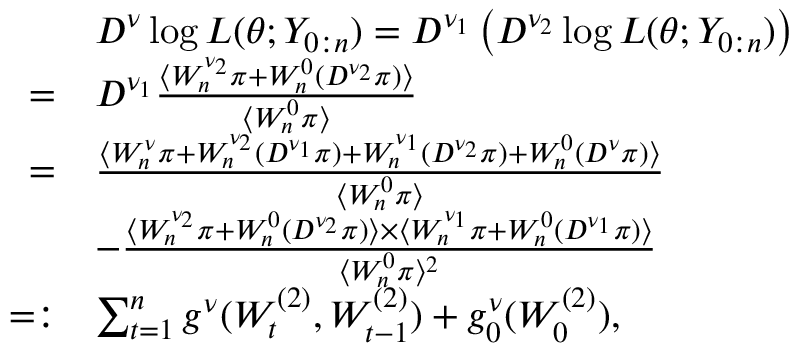
\begin{array} { r l } & { D ^ { \nu } \log L ( \theta ; Y _ { 0 : n } ) = D ^ { \nu _ { 1 } } \left( D ^ { \nu _ { 2 } } \log L ( \theta ; Y _ { 0 : n } ) \right) } \\ { = } & { D ^ { \nu _ { 1 } } \frac { \langle W _ { n } ^ { \nu _ { 2 } } \pi + W _ { n } ^ { 0 } ( D ^ { \nu _ { 2 } } \pi ) \rangle } { \langle W _ { n } ^ { 0 } \pi \rangle } } \\ { = } & { \frac { \langle W _ { n } ^ { \nu } \pi + W _ { n } ^ { \nu _ { 2 } } ( D ^ { \nu _ { 1 } } \pi ) + W _ { n } ^ { \nu _ { 1 } } ( D ^ { \nu _ { 2 } } \pi ) + W _ { n } ^ { 0 } ( D ^ { \nu } \pi ) \rangle } { \langle W _ { n } ^ { 0 } \pi \rangle } } \\ & { - \frac { \langle W _ { n } ^ { \nu _ { 2 } } \pi + W _ { n } ^ { 0 } ( D ^ { \nu _ { 2 } } \pi ) \rangle \times \langle W _ { n } ^ { \nu _ { 1 } } \pi + W _ { n } ^ { 0 } ( D ^ { \nu _ { 1 } } \pi ) \rangle } { \langle W _ { n } ^ { 0 } \pi \rangle ^ { 2 } } } \\ { = : } & { \sum _ { t = 1 } ^ { n } g ^ { \nu } ( W _ { t } ^ { ( 2 ) } , W _ { t - 1 } ^ { ( 2 ) } ) + g _ { 0 } ^ { \nu } ( W _ { 0 } ^ { ( 2 ) } ) , } \end{array}